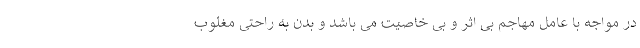
در مواجه با عامل مهاجم بی اثر و بی خاصیت می باشد و بدن به راحتی مغلوب